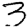
Digit: 3